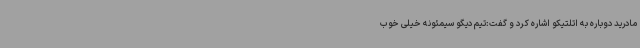
مادرید دوباره به اتلتیکو اشاره کرد و گفت:تیم دیگو سیمئونه خیلی خوب